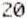
20